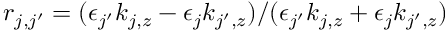
r _ { j , j ^ { \prime } } = ( \epsilon _ { j ^ { \prime } } k _ { j , z } - \epsilon _ { j } k _ { j ^ { \prime } , z } ) / ( \epsilon _ { j ^ { \prime } } k _ { j , z } + \epsilon _ { j } k _ { j ^ { \prime } , z } )